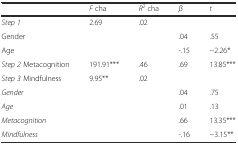
<table><thead><tr><td></td><td><b><i>F</i> cha</b></td><td><b><i>R</i><sup><i>2</i></sup> cha</b></td><td><b><i>β</i></b></td><td><b><i>t</i></b></td></tr></thead><tbody><tr><td><i>Step 1</i></td><td>2.69</td><td>.02</td><td></td><td></td></tr><tr><td>Gender</td><td></td><td></td><td>.04</td><td>.55</td></tr><tr><td>Age</td><td></td><td></td><td>-.15</td><td>−2.26*</td></tr><tr><td><i>Step 2</i> Metacognition</td><td>191.91***</td><td>.46</td><td>.69</td><td>13.85***</td></tr><tr><td><i>Step 3</i> Mindfulness</td><td>9.95**</td><td>.02</td><td></td><td></td></tr><tr><td><i>Gender</i></td><td></td><td></td><td>.04</td><td>.75</td></tr><tr><td><i>Age</i></td><td></td><td></td><td>.01</td><td>.13</td></tr><tr><td><i>Metacognition</i></td><td></td><td></td><td>.66</td><td>13.35***</td></tr><tr><td><i>Mindfulness</i></td><td></td><td></td><td>-.16</td><td>−3.15**</td></tr></tbody></table>